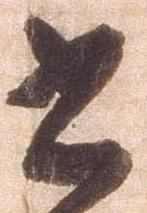
書